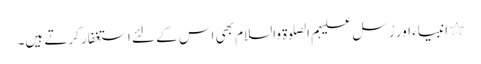
٭ انبیاء اور رُسل علیہم الصلوۃ والسلام بھی اس کے لئے استغفار کرتے ہیں۔